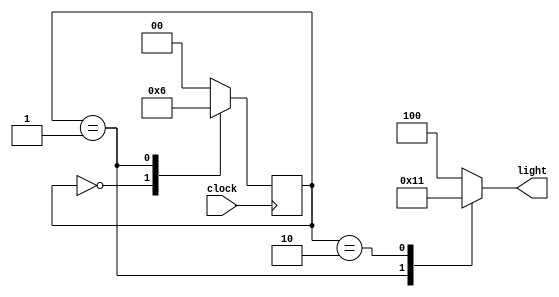
module cyclic_lamp (clock, light);
  input clock;
  output reg [0:2] light;
  parameter S0=0, S1=1, S2=2;
  parameter RED=3'b100, GREEN=3'b010, YELLOW=3'b001;
  reg [0:1] state;
always @(posedge clock)
  begin
    case (state)
      S0: state <= S1;
      S1: state <= S2;
      S2: state <= S0;
      default: state <= S0;
    endcase
  end
always @(state)
  begin
    case (state)
    S0: light = RED;
    S1: light = GREEN;
    S2: light = YELLOW;
    default: light = RED;
    endcase
  end
endmodule